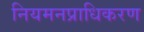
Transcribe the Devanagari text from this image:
नियमनप्राधिकरण